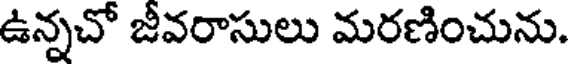
ఉన్నచో జీవరాసులు మరణించును.